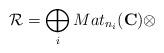
LaTeX: \begin{align*}\mathcal{R}=\bigoplus_{i}Mat_{n_{i}}(\mathbf{C})\otimes\end{align*}